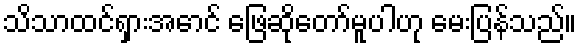
သိသာထင်ရှားအောင် ဖြေဆိုတော်မူပါဟု မေးပြန်သည်။